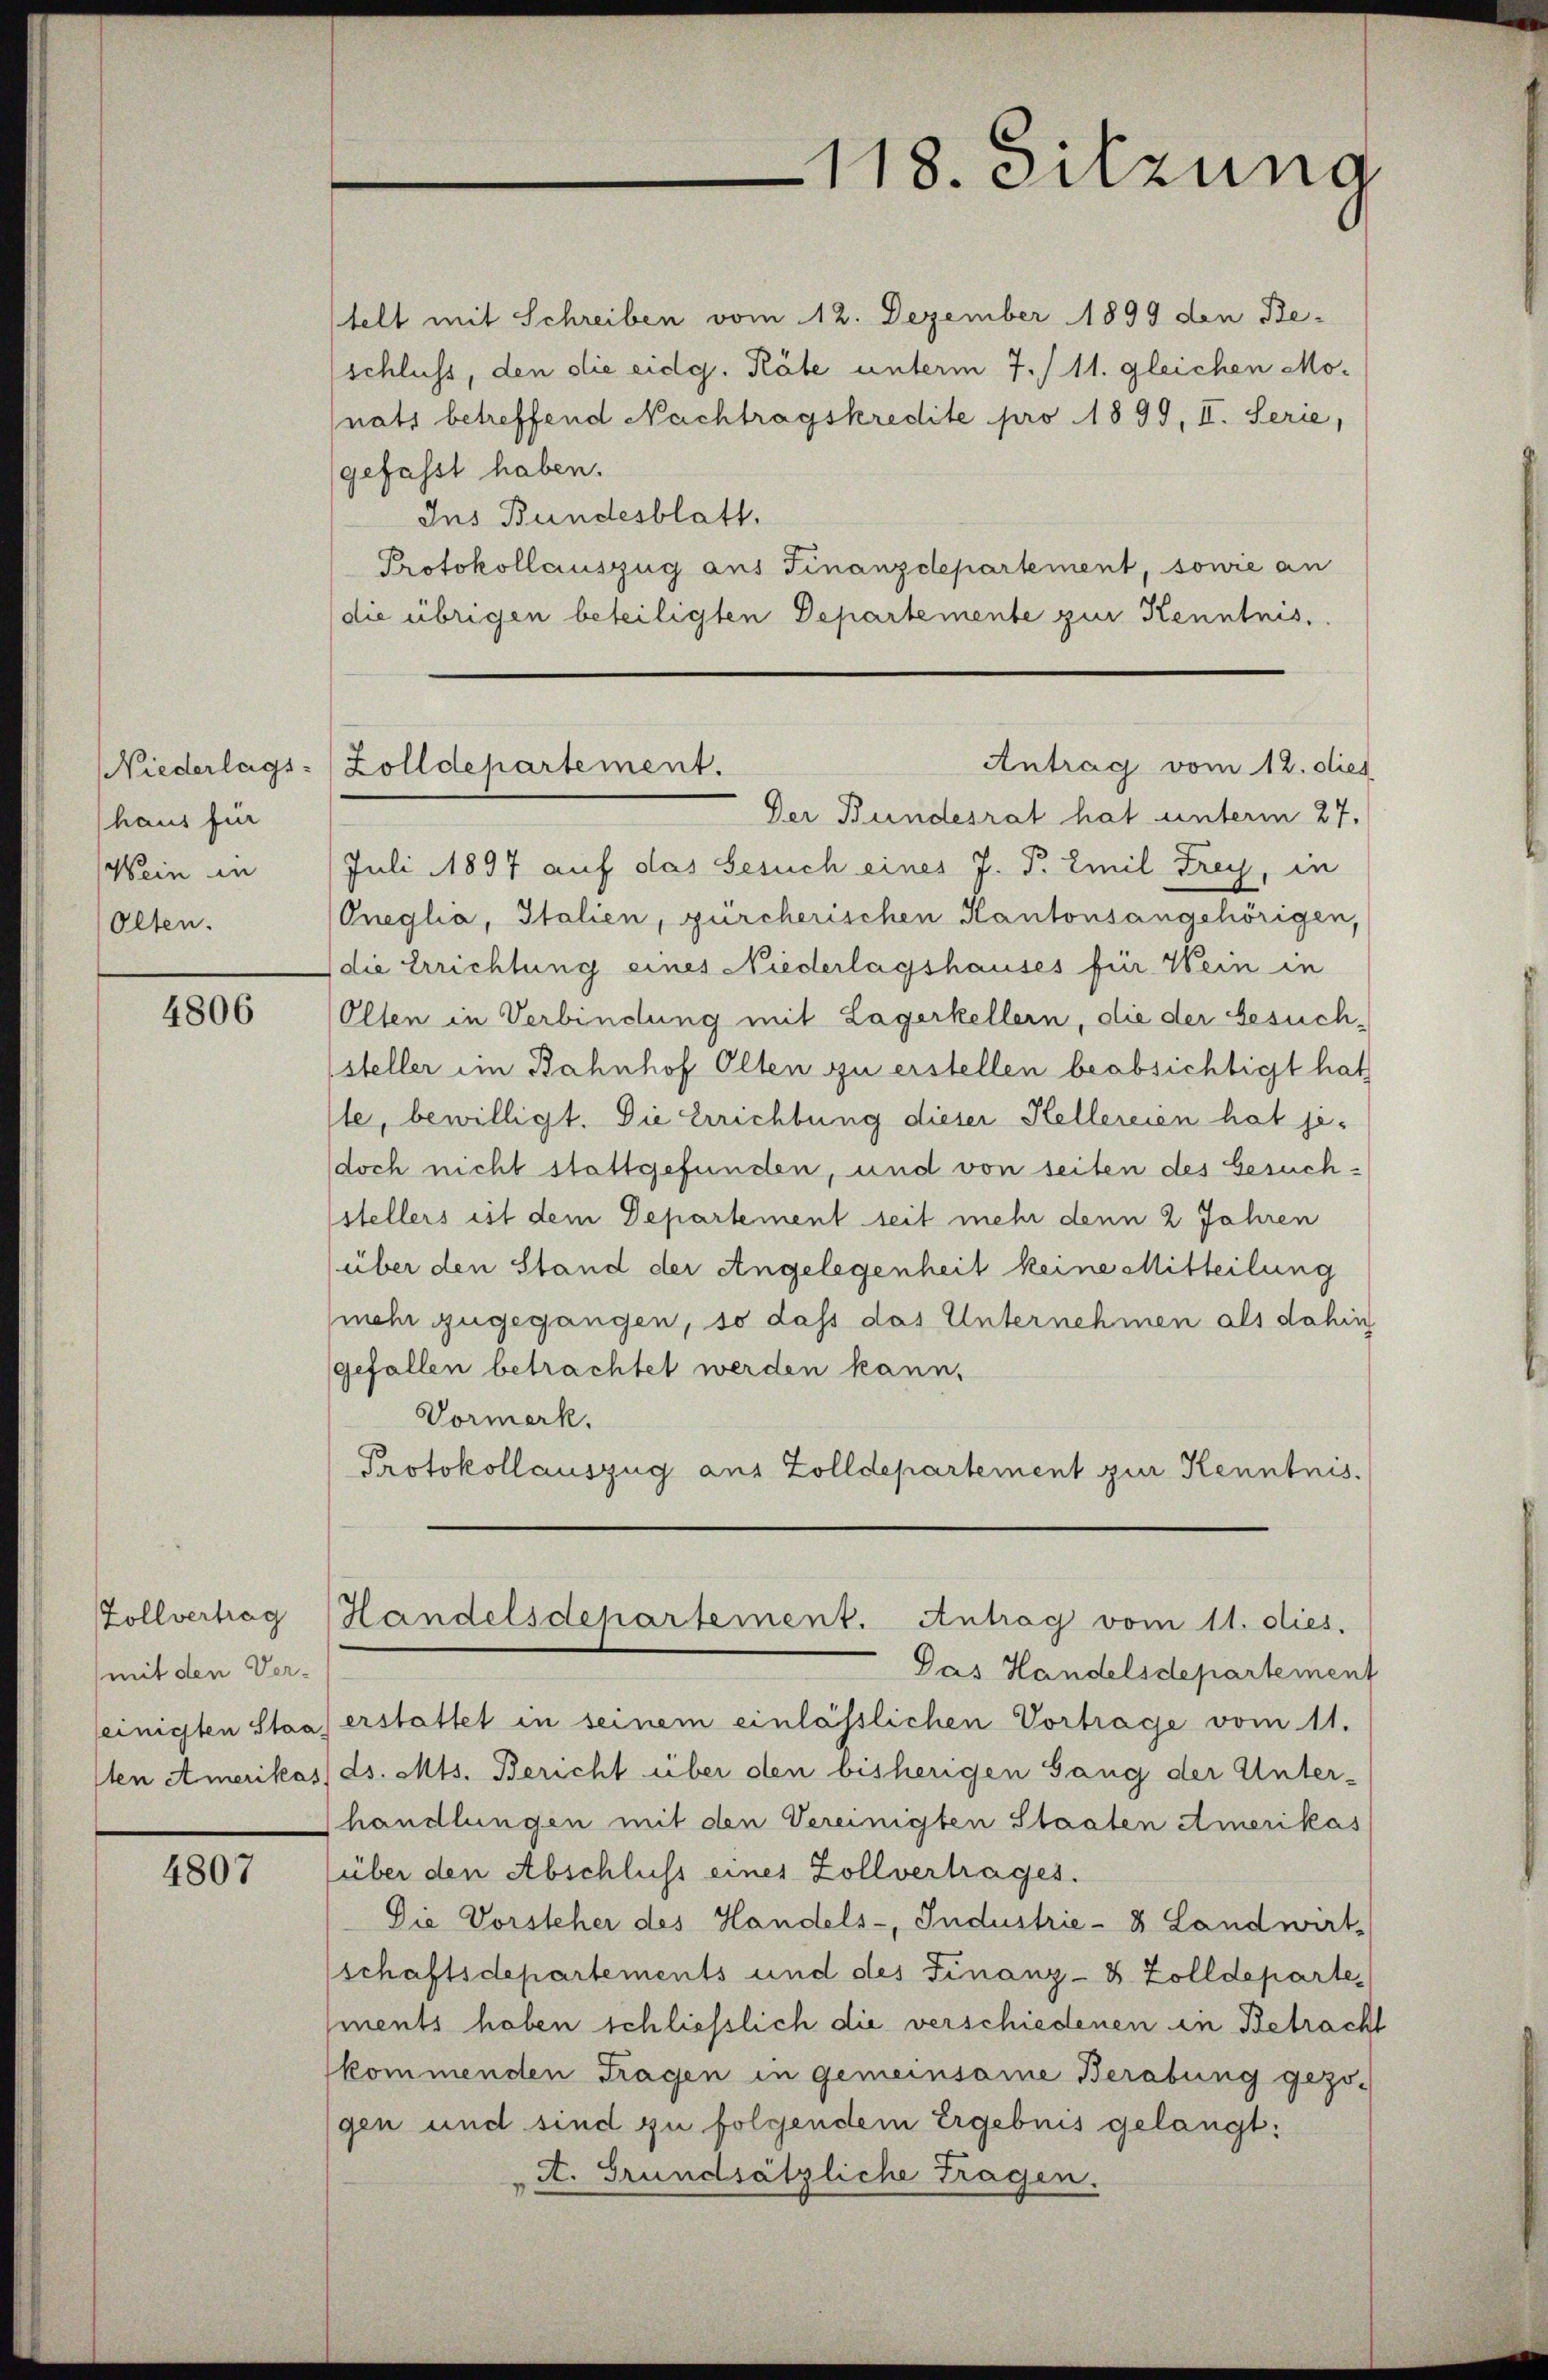
Niederlags-
haus für
Wein in
Olten.

4806

Zollvertrag
mit den Ver-

4807

telt mit Schreiben vom 12. Dezember 1899 den Be-
(schluss, den die eidg. Räte unterm 7./11. gleichen Monats betreffend Nachtragskredite pro 1899, II. Serie,
gefasst haben.
Ins Bundesblatt.
Protokollauszug aus Finanzdepartement, sowie an
die übrigen beteiligten Departemente zur Kenntnis.
Der Bundesrat hat unterm 27.
Juli 1897 auf das Gesuch eines J. P. Emil Frey, in
Oneglia, Italien, zürcherischen Kantonsangehörigen,
(die Errichtung eines Niederlagshauses für Wein in
Olten in Verbindung mit Lagerkellern, die der Gesuchsteller im Bahnhof Olten zu erstellen beabsichtigt hat
ste, bewilligt. Die Errichtung dieser Hellereien hat je¬
(doch nicht stattgefunden, und von seiten des besuchstellers ist dem Departement seit mehr denn 2 Jahren
über den Stand der Angelegenheit keine Mitteilung
mehr zugegangen, so dass das Unternehmen als dahin
gefallen betrachtet werden kann,
Vormerk.
Protokollauszug aus Zolldepartement zur Kenntnis.

118. Sitzung

Antrag vom 12. dies
Zolldepartement.

Das Handelsdepartement
seinigten Staat erstattet in seinem einlässlichen Vortrage vom 11.
1ten Amerikas ds. Mts. Bericht über den bisherigen Gang der Unter-
handlungen mit den Vereinigten Staaten Amerikas
(über den Abschluss eines Zollvertrages.
Die Vorsteher des Handels-, Industrie- & Landwirt-
schaftsdepartements und des Finanz-8 Zolldepartements haben schließlich die verschiedenen in Betracht
kommenden Tragen in gemeinsame Berabung gezo-
gen und sind zu folgendem Ergebnis gelangt:
A. Grundsätzliche Tragen.

Handelsdepartement. Antrag vom 11. dies.